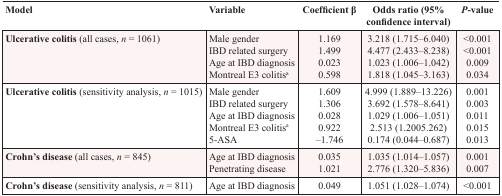
<table><thead><tr><td><b>Model</b></td><td><b>Variable</b></td><td><b>Coefficient β</b></td><td><b>Odds ratio (95% confidence interval)</b></td><td><b><i>P</i>-value</b></td></tr></thead><tbody><tr><td><b>Ulcerative colitis</b> (all cases, <i>n</i> = 1061)</td><td>Male genderIBD related surgeryAge at IBD diagnosisMontreal E3 colitis<sup>a</sup></td><td>1.1691.4990.0230.598</td><td>3.218 (1.715–6.040)4.477 (2.433–8.238)1.023 (1.006–1.042)1.818 (1.045–3.163)</td><td>&lt;0.001&lt;0.0010.0090.034</td></tr><tr><td><b>Ulcerative colitis</b> (sensitivity analysis, <i>n</i> = 1015)</td><td>Male genderIBD related surgeryAge at IBD diagnosisMontreal E3 colitis<sup>a</sup>5-ASA</td><td>1.6091.3060.0280.922–1.746</td><td>4.999 (1.889–13.226)3.692 (1.578–8.641)1.029 (1.006–1.051)2.513 (1.2005.262)0.174 (0.044–0.687)</td><td>0.0010.0030.0110.0150.013</td></tr><tr><td><b>Crohn&#x27;s disease</b> (all cases, <i>n</i> = 845)</td><td>Age at IBD diagnosisPenetrating disease</td><td>0.0351.021</td><td>1.035 (1.014–1.057)2.776 (1.320–5.836)</td><td>0.0010.007</td></tr><tr><td><b>Crohn&#x27;s disease</b> (sensitivity analysis, <i>n</i> = 811)</td><td>Age at IBD diagnosis</td><td>0.049</td><td>1.051 (1.028–1.074)</td><td>&lt;0.001</td></tr></tbody></table>